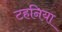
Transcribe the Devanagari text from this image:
टहनिया